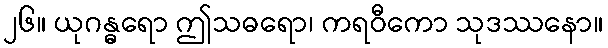
၂၆။ ယုဂန္ဓရော ဤသဓရော၊ ကရဝီကော သုဒဿနော။